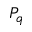
P _ { q }